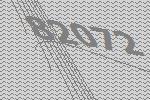
82072